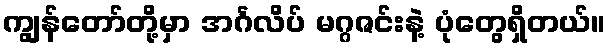
ကျွန်တော်တို့မှာ အင်္ဂလိပ် မဂ္ဂဇင်းနဲ့ ပုံတွေရှိတယ်။